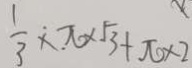
\frac { 1 } { 3 } \times \pi \times \sqrt { 3 } + \pi \times 2